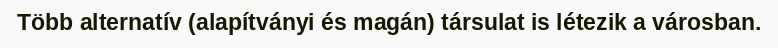
Több alternatív (alapítványi és magán) társulat is létezik a városban.